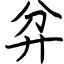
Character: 弅